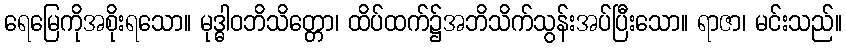
ရေမြေကိုအစိုးရသော။ မုဒ္ဓါဝဘိသိတ္တော၊ ထိပ်ထက်၌အဘိသိက်သွန်းအပ်ပြီးသော။ ရာဇာ၊ မင်းသည်။